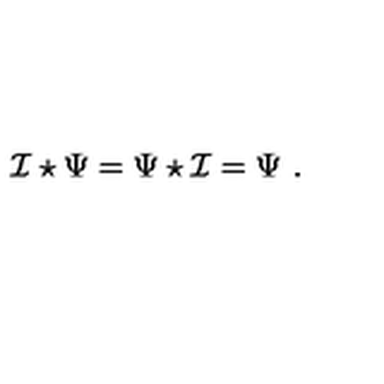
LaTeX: \mathcal { I } \star \Psi = \Psi \star \mathcal { I } = \Psi \ .